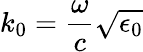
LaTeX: k_{0}=\frac{\omega}{c}\sqrt{\epsilon_{0}}